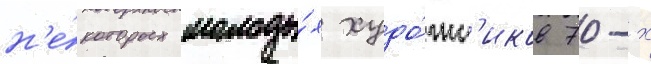
н'е́которых молоды́х худо́жн'иков 70-х